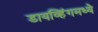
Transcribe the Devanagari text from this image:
डायव्हिंगमध्ये